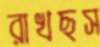
রাখছস